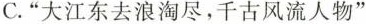
C.”大江东去浪淘尽，千古风流人物”